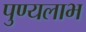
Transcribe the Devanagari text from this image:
पुण्यलाभ